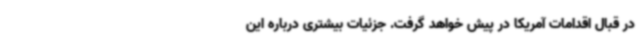
در قبال اقدامات آمریکا در پیش خواهد گرفت. جزئیات بیشتری درباره این